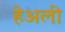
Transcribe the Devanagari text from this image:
हेअली